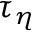
\tau _ { \eta }